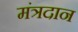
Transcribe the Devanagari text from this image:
मंत्रदान